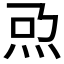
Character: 𤆨